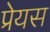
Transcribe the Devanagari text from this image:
प्रेयस